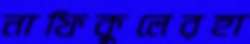
নাফিকুলেরহা